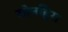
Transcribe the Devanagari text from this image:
सोनहिरा